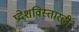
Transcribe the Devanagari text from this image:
प्रदेशविस्तारही